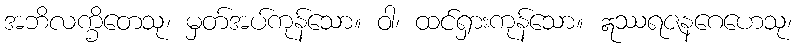
အဘိလက္ခိတေသု၊ မှတ်အပ်ကုန်သော။ ဝါ၊ ထင်ရှားကုန်သော။ ဣဿရဇနဂေဟေသု၊